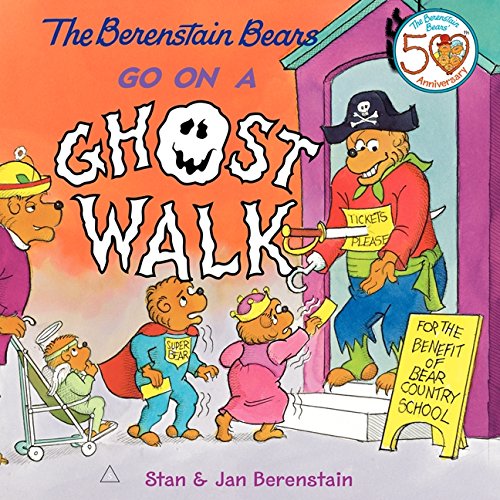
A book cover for The Berenstain Bears Go on a Ghost Walk; Stan Berenstain; Children's Books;